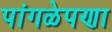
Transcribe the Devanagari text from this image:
पांगळेपणा